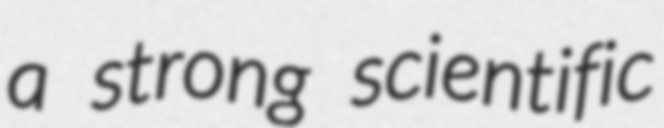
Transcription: a strong scientific